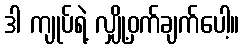
ဒါ ကျုပ်ရဲ့ လျှို့ဝှက်ချက်ပေါ့။